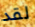
لقد